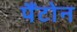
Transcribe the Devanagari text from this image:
पैंटोन